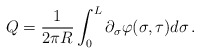
\begin{align*}Q=\frac{1}{2\pi R}\int ^{L}_{0}\partial _{\sigma }\varphi (\sigma ,\tau )d\sigma \, .\end{align*}